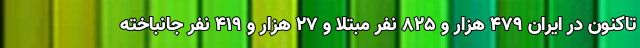
تاکنون در ایران ۴۷۹ هزار و ۸۲۵ نفر مبتلا و ۲۷ هزار و ۴۱۹ نفر جانباخته